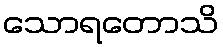
သောရတောသိ